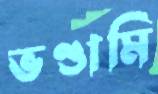
ভণ্ডামি